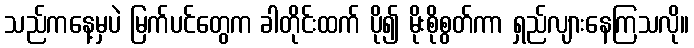
သည်ကနေ့မှပဲ မြက်ပင်တွေက ခါတိုင်းထက် ပို၍ မိုးစိုစွတ်ကာ ရှည်လျားနေကြသလို။